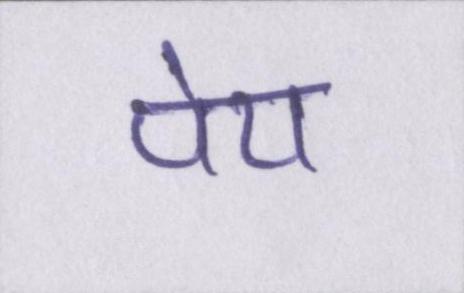
पेय